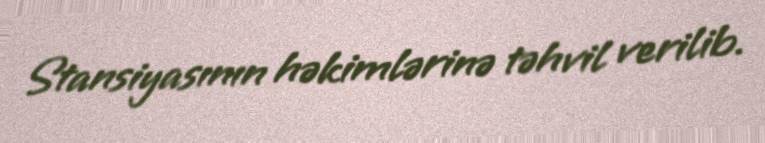
Stansiyasının həkimlərinə təhvil verilib.